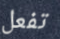
تفعل